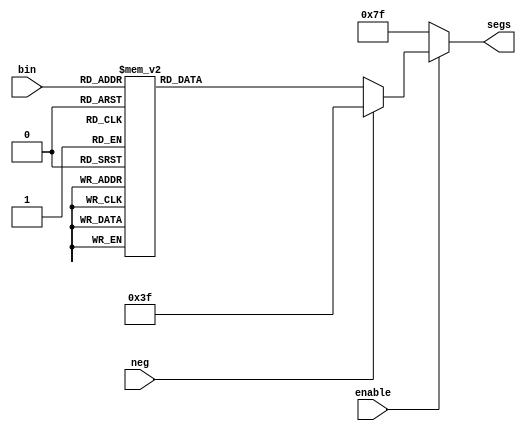
// Add more auxillary modules here...



// Display a Hexadecimal Digit, a Negative Sign, or a Blank, on a 7-segment Display
module SSeg(input [3:0] bin, input neg, input enable, output reg [6:0] segs);
	always @(*)
		if (enable) begin
			if (neg) segs = 7'b011_1111;
			else begin
				case (bin)
					0: segs = 7'b100_0000;
					1: segs = 7'b111_1001;
					2: segs = 7'b010_0100;
					3: segs = 7'b011_0000;
					4: segs = 7'b001_1001;
					5: segs = 7'b001_0010; 
					6: segs = 7'b000_0010;
					7: segs = 7'b111_1000;
					8: segs = 7'b000_0000;
					9: segs = 7'b001_1000;
					10: segs = 7'b000_1000;
					11: segs = 7'b000_0011;
					12: segs = 7'b100_0110;
					13: segs = 7'b010_0001;
					14: segs = 7'b000_0110;
					15: segs = 7'b000_1110;
				endcase
			end
		end
		else segs = 7'b111_1111;
endmodule


//-----------------------------------------------------------------------//


module Debounce(input clk, input signal_in, output signal_out);
	localparam MAX_Count=1500000, A=0,B=1;
//content//
	wire syncd_signal;
	Synchroniser syncin(.clk(clk),.d_in(signal_in),.q_out(syncd_signal));
	reg [20:0] count=0;
	reg [20:0] next_count;
	reg state=0;
	reg next_state;
	always@(posedge clk)begin
		state<=next_state;
		count<=next_count;
	end
	always@(*)begin
		next_state = state;// can be overidden later, just give a next state a value
		if(signal_in==state) next_count=0;
		else begin
			next_count=count+1;
			if(count==MAX_Count)begin
				next_count=0;
				next_state=syncd_signal;
			end
		end
	end
	assign signal_out=state;	
endmodule


//----------------------------------------------//


module Disp2cNum(input signed [7:0] x,input enable, output [6:0] Disp3, output [6:0] Disp2, output [6:0] Disp1, output [6:0] Disp0);

	wire neg=(x<0);
	wire [7:0]ux=neg?-x:x;
	wire [7:0] xo0,xo1,xo2,xo3;
	wire eno0,eno1,eno2,eno3;
// DispDec instances
	DispDec H0(.x(ux),.neg(neg),.enable(enable),.xo(xo0),.eno(eno0),.segs(Disp0));
	DispDec H1(.x(xo0),.neg(neg),.enable(eno0),.xo(xo1),.eno(eno1),.segs(Disp1));
	DispDec H2(.x(xo1),.neg(neg),.enable(eno1),.xo(xo2),.eno(eno2),.segs(Disp2));
	DispDec H3(.x(xo2),.neg(neg),.enable(eno2),.xo(xo3),.eno(eno3),.segs(Disp3));

endmodule


//----------------------------------------------//
//Display a decimal number
//Each display should do: 1. Display a number? 2. Display a negative sign? 3. on or off 4. should the next display on?

module DispDec(input [7:0]x, input neg, enable, output reg [7:0]xo, output reg eno, output [6:0]segs);
	wire [3:0]digit;
	wire n=(neg && (x==0)); //whether the current diplay should display a negtive sign
	assign digit=x%10; //the current display bit
	SSeg converter(.bin(digit),.neg(n),.enable(enable),.segs(segs));
	always@(x)begin 
		xo = x/10; // the number passed to the next SSEG display
		if(enable==0)
			eno=0; // If the current display has nothing to do, then shut down the next ones.
		else
			if(neg==0)
				if(xo==0)
					eno=0; // if the current diplay is used and there is no number passed to the next display
				else eno=1; // the next display should be on if the current display is displaying a non-negative number
				//also a number passsed to the next display
			else eno=!( n && (xo==0)); // for a negative input,the next diplay should be on when c
	end
	
endmodule


//----------------------------------------------//


module DispHex(input [7:0] IP_num, output [6:0] Disp5, output [6:0] Disp4);
	reg neg=0;
	reg enable=1;
	wire [6:0]LB; //Left Hexadecimal Bit
	wire [6:0]RB; //Right Hexadecimal Bit
	SSeg Seg_LSB(.bin(IP_num[3:0]),.neg(neg),.enable(enable),.segs(LB));
	SSeg Seg_RSB(.bin(IP_num[7:4]),.neg(neg),.enable(enable),.segs(RB));
	assign Disp5 = RB;
	assign Disp4 = LB;
endmodule

//----------------------------------------------//


//----------------------------------------------//

module Synchroniser(input clk,d_in, output reg q_out);
	reg q1;
	always@(posedge clk)
		q1<=d_in;
	always@(posedge clk)
		q_out<=q1;
endmodule 

//------------------------------------------------------------------//

module DetectFallingEdge( input clk,btn_sync,output reg OUT);
   reg previous_btn_sync;
	always @(posedge clk)begin
      if ((previous_btn_sync==1)&&(btn_sync==0)) OUT<=1;
		else OUT<=0;
	   previous_btn_sync <= btn_sync;
	end		  
 endmodule